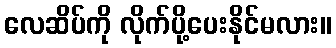
လေဆိပ်ကို လိုက်ပို့ပေးနိုင်မလား။